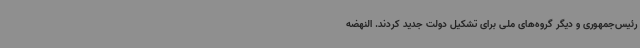
رئیس‌جمهوری و دیگر گروه‌های ملی برای تشکیل دولت جدید کردند. النهضه